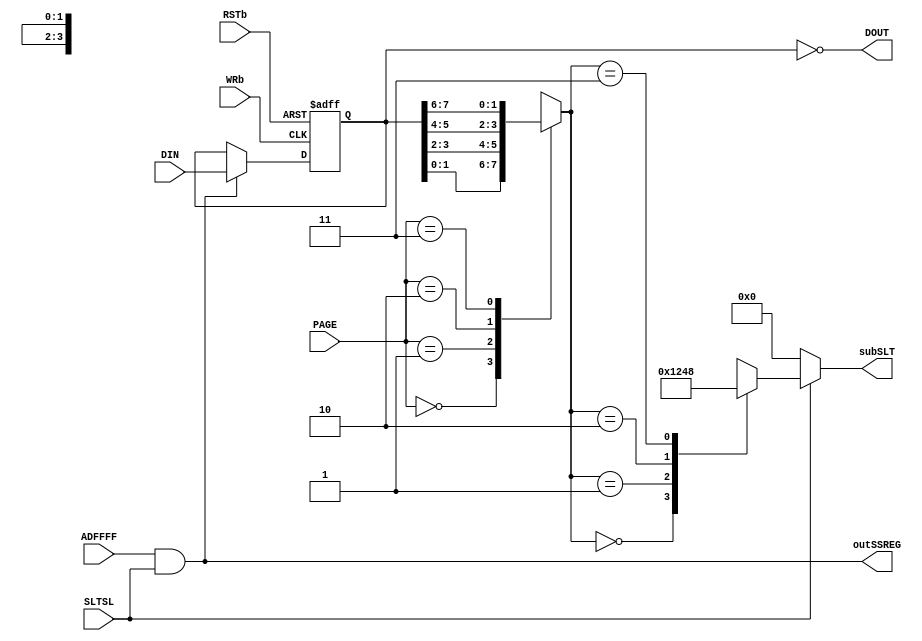
module slotExp (	
	input RSTb,
	input ADFFFF,
	input SLTSL,
	input WRb,
	input [7:0] DIN,
	input [1:0] PAGE,
	
	output [7:0] DOUT,
	
	output reg [3:0] subSLT,
	output outSSREG
		);
		
	reg [7:0] regSS;
	reg [1:0] BSEL;
	
	always @(negedge WRb or negedge RSTb)
	if (~RSTb)
		regSS <= 8'h00;
	else
		if (ADFFFF & SLTSL)
			regSS <= DIN;
			
	assign DOUT = ~regSS;
	
	assign outSSREG = SLTSL & ADFFFF;
	
	always @(*)
	begin
		case (PAGE)
			2'b00: BSEL = regSS[1:0];
			2'b01: BSEL = regSS[3:2];
			2'b10: BSEL = regSS[5:4];
			2'b11: BSEL = regSS[7:6];
		endcase
	end
	
	always @(*)
	begin
	if (SLTSL)
		case (BSEL)
			2'b00: subSLT = 4'b0001;
			2'b01: subSLT = 4'b0010;
			2'b10: subSLT = 4'b0100;
			2'b11: subSLT = 4'b1000;
		endcase
	else
		subSLT = 4'b0000;
	end
		
endmodule